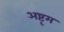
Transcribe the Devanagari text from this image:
अष्टृम